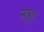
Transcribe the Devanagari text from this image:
मत्रुह